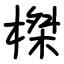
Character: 榤